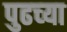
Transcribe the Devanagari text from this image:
पुढच्‍या